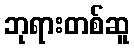
ဘုရားတစ်ဆူ